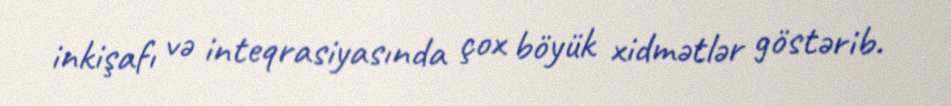
inkişafı və inteqrasiyasında çox böyük xidmətlər göstərib.